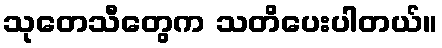
သုတေသီတွေက သတိပေးပါတယ်။